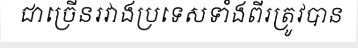
ជាច្រើនរវាងប្រទេសទាំងពីរត្រូវបាន